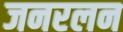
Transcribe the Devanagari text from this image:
जनरलन